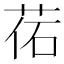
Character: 𦰒